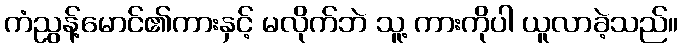
ကံညွန့်မောင်၏ကားနှင့် မလိုက်ဘဲ သူ့ ကားကိုပါ ယူလာခဲ့သည်။